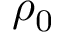
\rho _ { 0 }